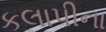
કલાપીના